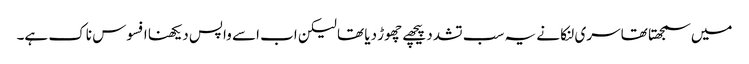
میں سمجھتا تھا سری لنکا نے یہ سب تشدد پیچھے چھوڑ دیا تھا لیکن اب اسے واپس دیکھنا افسوس ناک ہے۔